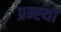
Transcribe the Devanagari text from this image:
प्रन्स्था